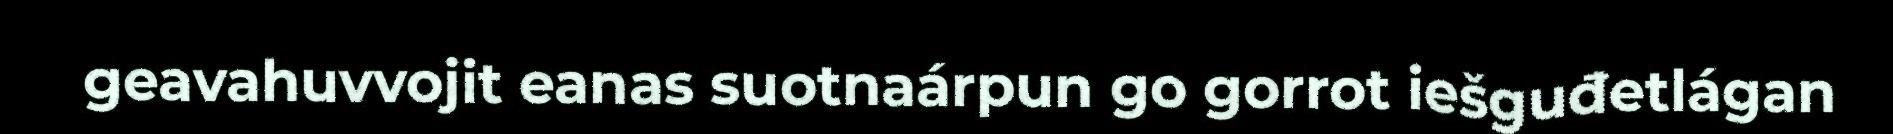
geavahuvvojit eanas suotnaárpun go gorrot iešguđetlágan